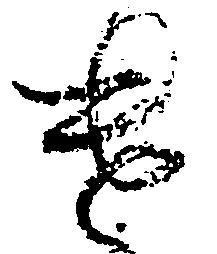
遣